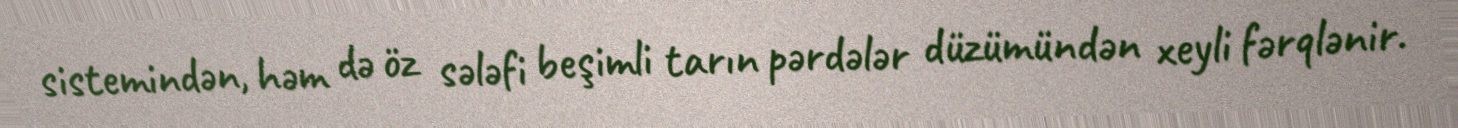
sistemindən, həm də öz sələfi beşimli tarın pərdələr düzümündən xeyli fərqlənir.